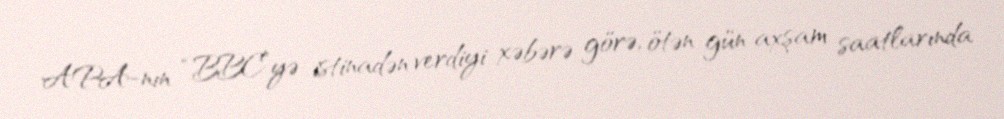
APA-nın “BBC”yə istinadən verdiyi xəbərə görə, ötən gün axşam saatlarında